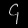
Digit: ၄